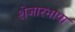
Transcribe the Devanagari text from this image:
शेजारभाषा